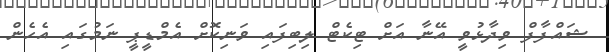
ޝައްފާފް ވިދާޅުވީ އޭނާ އަށް ޓިކެޓް ލިބިފައި ވަނިކޮށް އެމްޑީޕީ ނަމުގައި އެހެން